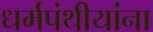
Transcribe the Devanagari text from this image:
धर्मपंथीयांना